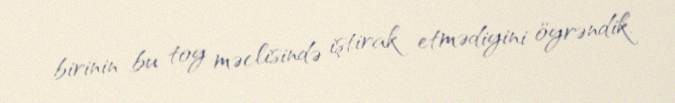
birinin bu toy məclisində iştirak etmədiyini öyrəndik.